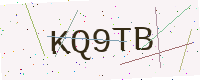
Text: KQ9TB